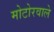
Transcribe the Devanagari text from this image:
मोटोरवाले